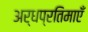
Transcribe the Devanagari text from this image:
अर्धप्रतिमाएँ